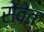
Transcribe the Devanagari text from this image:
सेवेत्